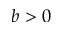
b > 0